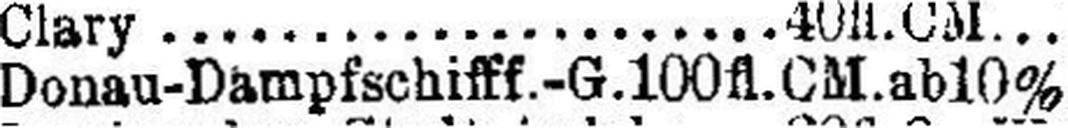
Donau-Dampfschifff.-G. 100 fl. CM. ab 10%